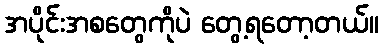
အပိုင်းအစတွေကိုပဲ တွေ့ရတော့တယ်။